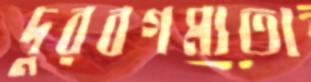
দুরবগম্যতা